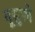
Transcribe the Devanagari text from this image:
यूसुफो